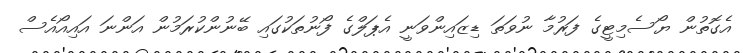
އެގޮތުން ޔޯސެމިޓީގެ ފަރުމާ ނުވަތަ ޑިޒައިންވަނީ އެޕަލްގެ ފޯނުތަކުގައި ބޭނުންކުރަމުން އަންނަ އައިއޯއެސް